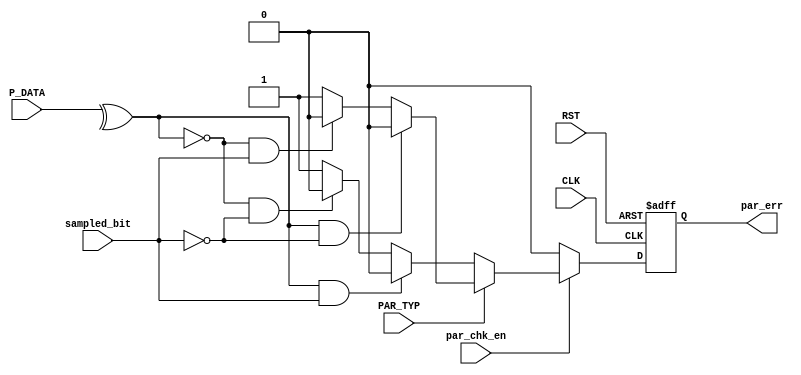
module parity_Check 
(
input wire [7:0] P_DATA,
input wire PAR_TYP,
input wire par_chk_en,
input wire sampled_bit,
input wire CLK,RST,
output reg par_err 
);

wire temp;
always@(posedge CLK or negedge RST)
 begin
	if (!RST)
		par_err <= 1'b0;
	else if (par_chk_en)
		begin
			if (PAR_TYP)
				begin
					if (temp==1'b1 && sampled_bit == 1'b0 )
						par_err <= 1'b0;
					else if (temp==1'b0 && sampled_bit == 1'b1 )
						par_err <= 1'b0;
					else
						par_err <= 1'b1;
				end
			else
				begin
					if(temp==1'b1 && sampled_bit == 1'b1)
						par_err <= 1'b0;
					else if(temp==1'b0 && sampled_bit == 1'b0)
						par_err <= 1'b0;
					else
						par_err <= 1'b1;
				end
					
		end	
	else
		par_err <= 1'b0;
 end
		
assign temp = ^P_DATA;
endmodule